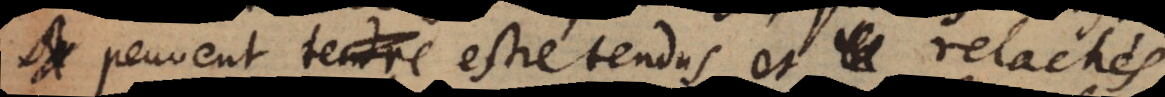
s peuvent estre tendus et relachés,